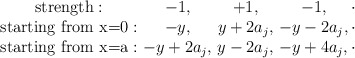
\begin{align*}\begin{array}{ccccc}\textrm{strength}: & \!\!\! -1, & \!\!\! +1, & \!\!\! -1, & \!\!\!\! \cdot \\ \textrm{starting from x=0}: & \!\!\! -y, & \!\!\! y+2a_j, & \!\!\! -y-2a_j, & \!\!\!\! \cdot \\\textrm{starting from x=a}: & \!\!\! -y+2a_j, & \!\!\! y-2a_j, & \!\!\! -y+4a_j, & \!\!\!\! \cdot\end{array}\end{align*}